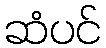
ဆံပင်